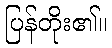
ပြန်တိုး၏။